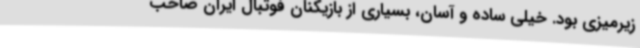
زیرمیزی بود. خیلی ساده و آسان، بسیاری از بازیکنان فوتبال ایران صاحب